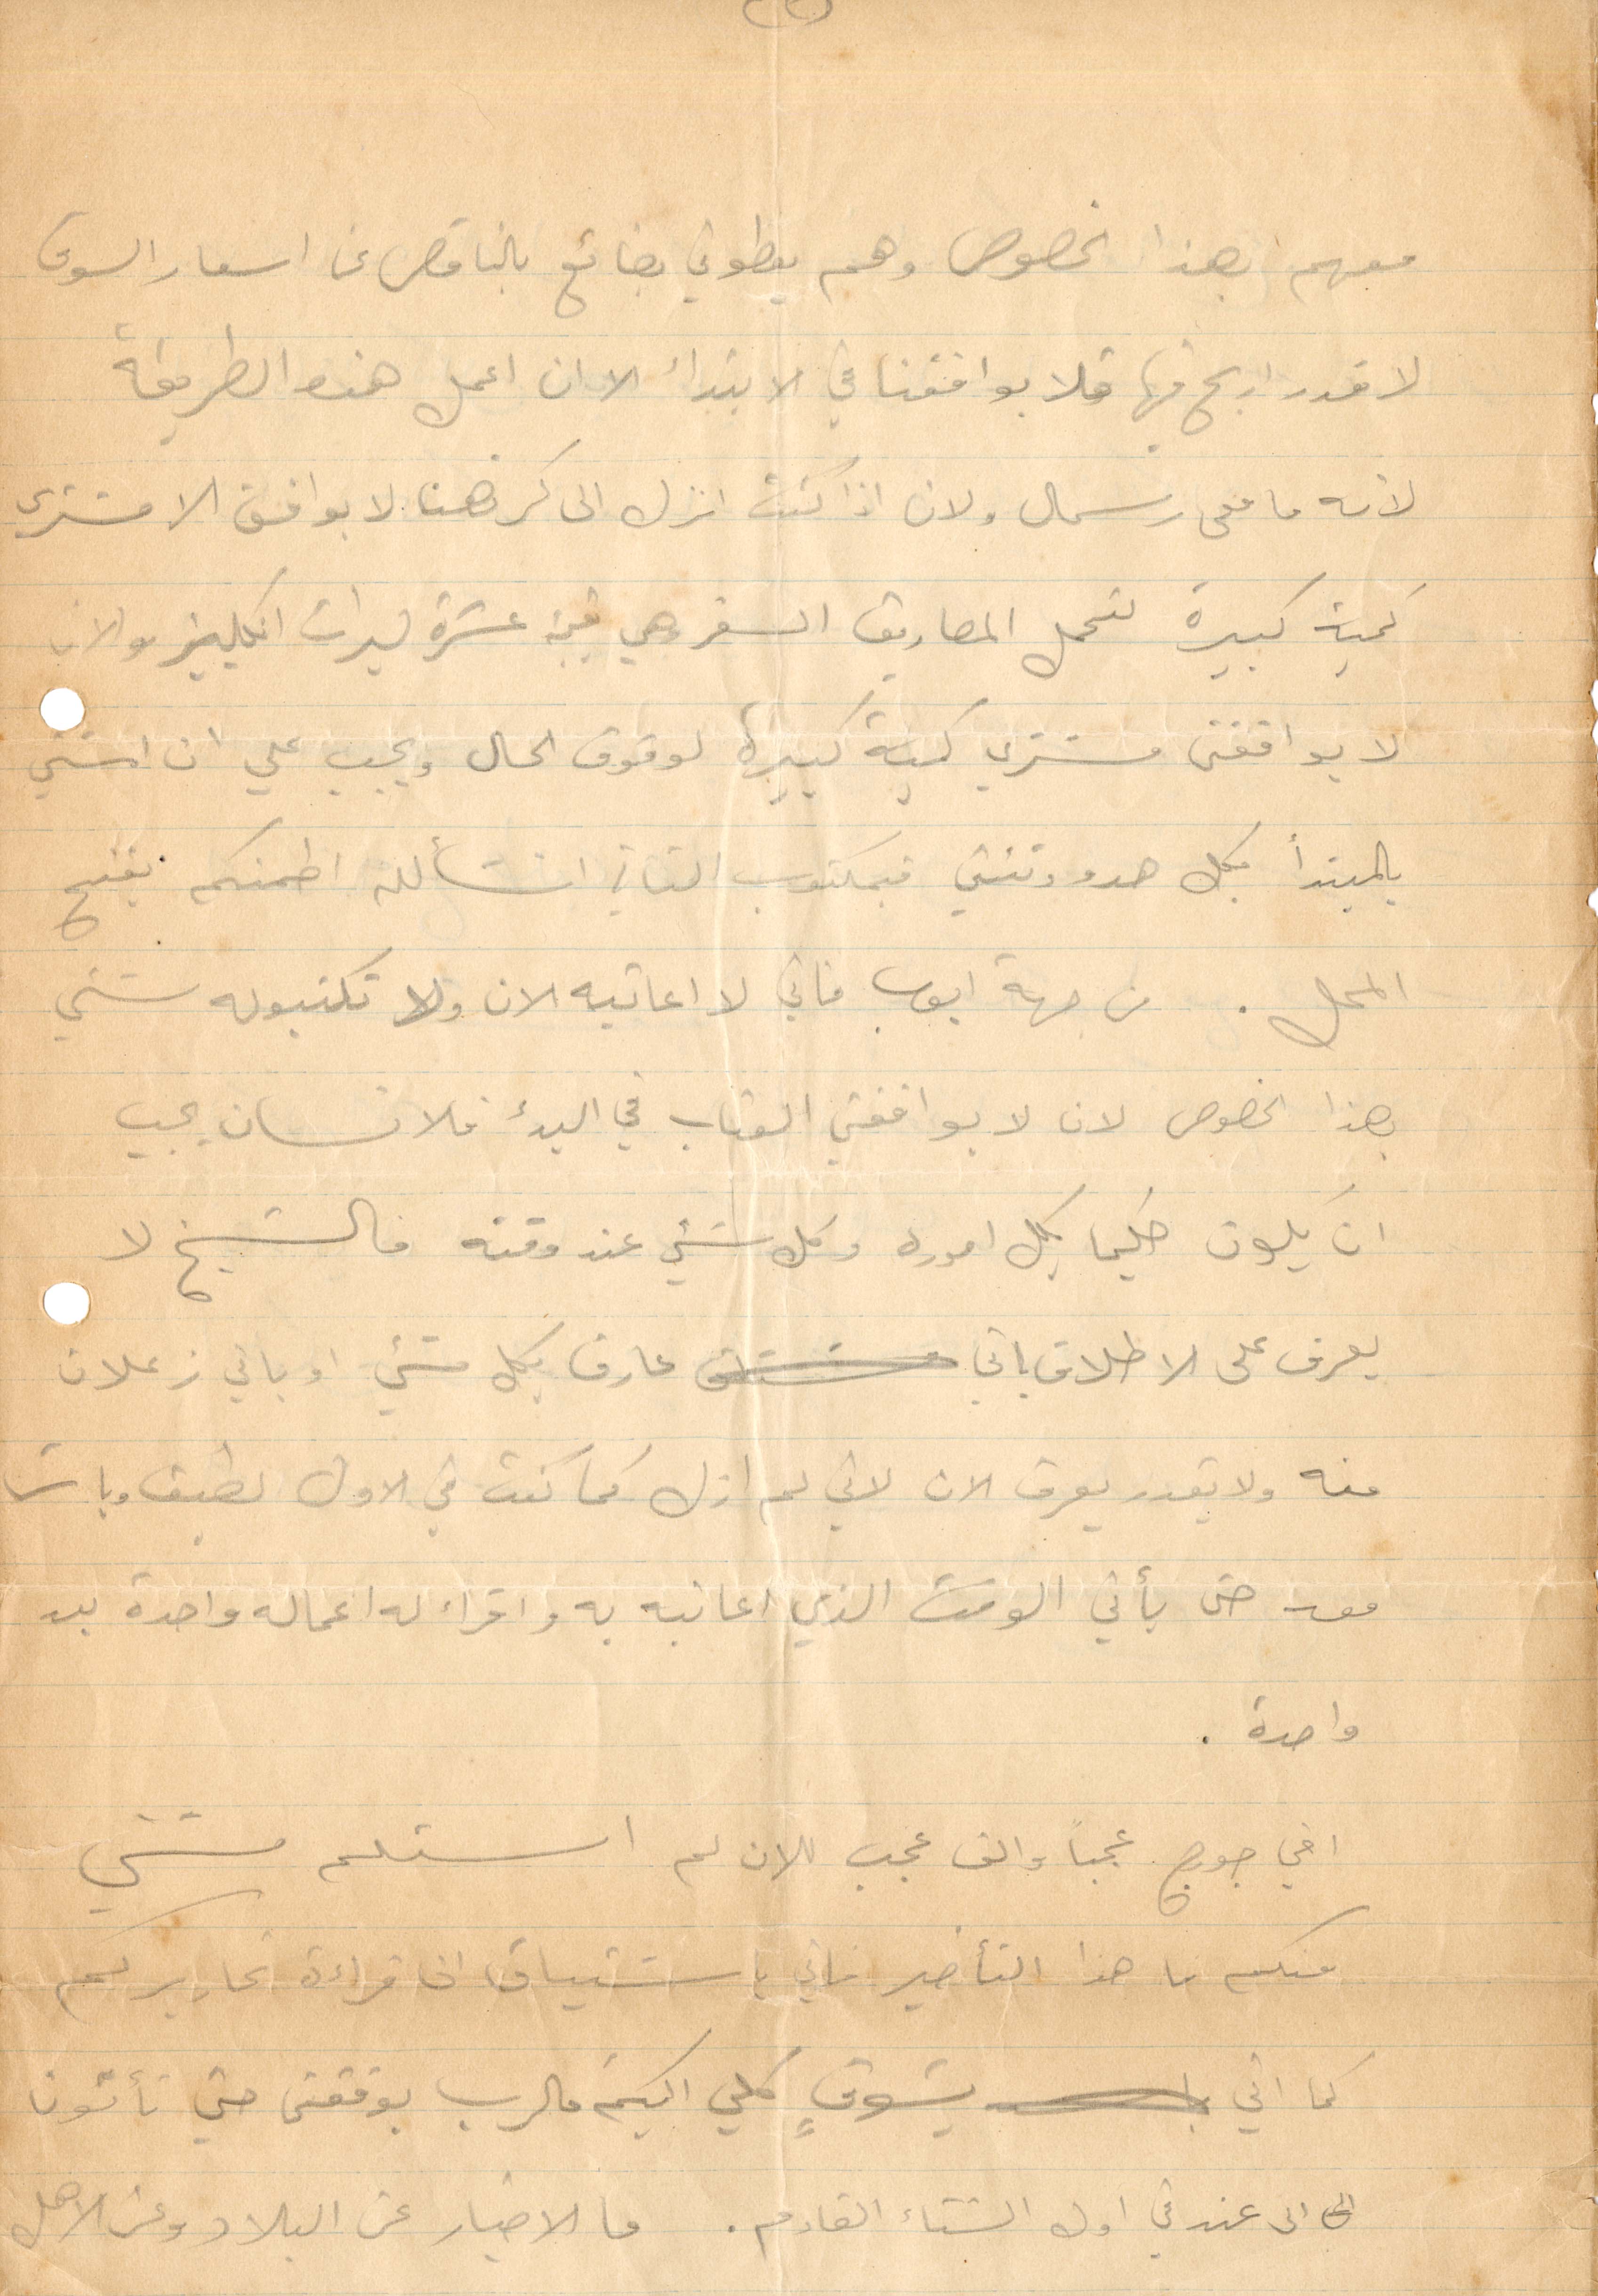
معهم بهذا الخصوص وهم يعطوني بضائع بالناقص عن أسعار السوق
لا قدر اربح فيها فلا يوافقنا في الابتداء الا ان اعمل هذه الطريقة
لانه ما معي رسمال ولان اذا كنت انزل الى كرتهنا لا يوافق الا مشترى
كمية كبيرة لتحمل مصاريف السفر وهي في عشرة ليرات إنكليزي والان
لا يوافقني مشتري كمية كبيرة لوقوف الحال ويجب علي ان امشي
بالمبتدأ بكل هدوء وتئني فبمكتوب الثاني انشالله اطمنكم يفتح
المحل. من جهة أيوب فاني لا اعاتبه الان ولا تكتبو له شيء
بهذا الخصوص لان لا يوافقني العتاب في البدء فالانسان يجب
أن يكون حكيمًا بكل اموره وكل شيء عند قوته فالشيخ لا
يعرف على الاطلاق لاني عارف بكل شيء أو باني زعلان
منه ولا يقدر يعرف الان لاني لم ازل كما كنت في الأول لطيف وبات
معه حتى يأتي الوقت الذي اعاتبه به واقرأ له اعماله واحدة بعد
واحدة.
اخي جوج عجبًا والف عجب الان لم استلم شيء
منكم ما هذا التأخير فاني باشتياقي الى قراءة تحاريركم
لما اني بشوق كلي اليكم فالرب يوفقني حتى تأتون
الى عندي في اول الشتاء القادم. فالاخبار عن البلاد وعن الاهل